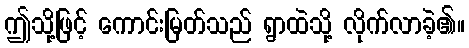
ဤသို့ဖြင့် ကောင်းမြတ်သည် ရွာထဲသို့ လိုက်လာခဲ့၏။